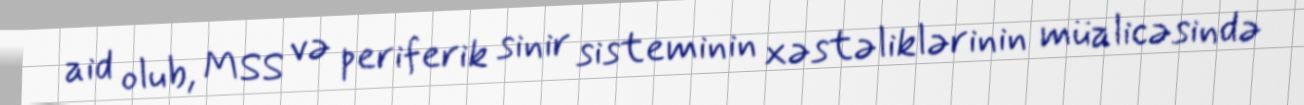
aid olub, MSS və periferik sinir sisteminin xəstəliklərinin müalicəsində